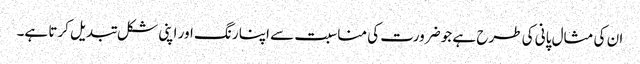
ان کی مثال پانی کی طرح ہے جو ضرورت کی مناسبت سے اپنا رنگ اور اپنی شکل تبدیل کرتا ہے۔